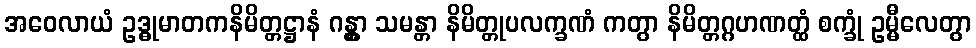
အဝေလာယံ ဥဒ္ဓုမာတကနိမိတ္တဋ္ဌာနံ ဂန္တွာ သမန္တာ နိမိတ္တုပလက္ခဏံ ကတွာ နိမိတ္တဂ္ဂဟဏတ္ထံ စက္ခုံ ဥမ္မီလေတွာ